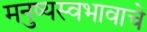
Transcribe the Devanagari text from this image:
मनुष्यस्वभावाचे